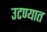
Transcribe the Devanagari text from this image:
उटण्यात